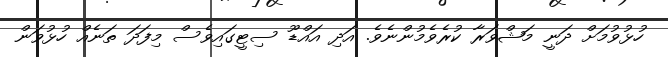
ހުޅުވުމަށް ދަނީ މަޝްވަރާ ކުރެވެމުންނެވެ. އަދި އައްޑޫ ސިޓީގައިވެސް މިފަދަ ތަނެއް ހުޅުވަން